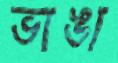
ভাঙা